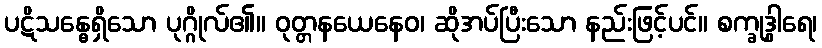
ပဋိသန္ဓေရှိသော ပုဂ္ဂိုလ်၏။ ဝုတ္တနယေနေဝ၊ ဆိုအပ်ပြီးသော နည်းဖြင့်ပင်။ စက္ခုဒွါရေ၊